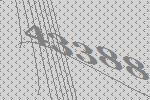
43388